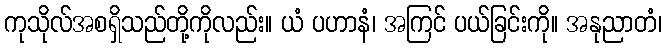
ကုသိုလ်အစရှိသည်တို့ကိုလည်း။ ယံ ပဟာနံ၊ အကြင် ပယ်ခြင်းကို။ အနုညာတံ၊